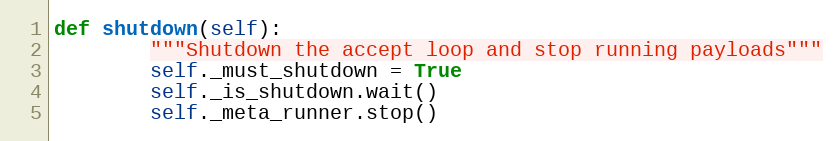
Language: Python
def shutdown(self):
        """Shutdown the accept loop and stop running payloads"""
        self._must_shutdown = True
        self._is_shutdown.wait()
        self._meta_runner.stop()